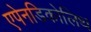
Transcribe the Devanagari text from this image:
एपेनडिकोलिथ